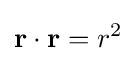
\mathbf {r} \cdot \mathbf {r} =r^{2}